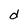
Character: d